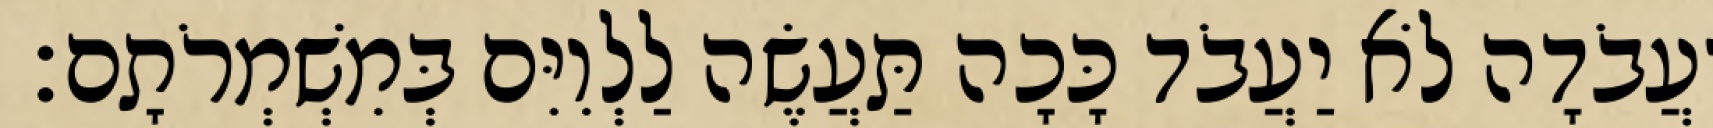
וַעֲבֹדָה לֹא יַעֲבֹד כָּכָה תַּעֲשֶׂה לַלְוִיִּם בְּמִשְׁמְרֹתָם׃